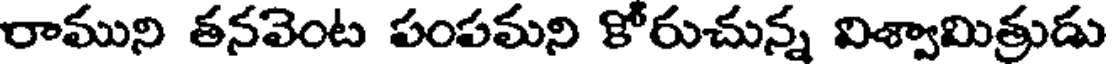
రాముని తనవెంట పంపమని కోరుచున్న విశ్వామిత్రుడు